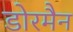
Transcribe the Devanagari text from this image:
डोरमैन